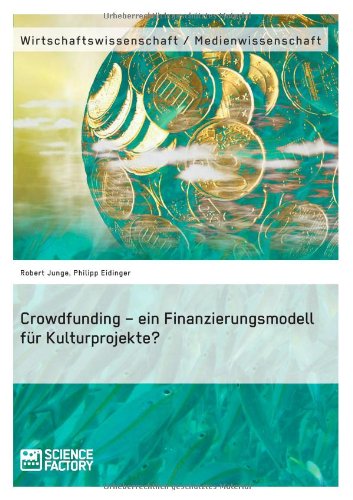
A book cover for Crowdfunding - Ein Finanzierungsmodell Fur Kulturprojekte? (German Edition); Robert Junge; Business & Money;